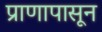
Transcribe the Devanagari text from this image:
प्राणापासून